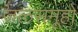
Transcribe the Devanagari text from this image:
जलसमूहों